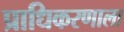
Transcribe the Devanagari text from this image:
प्राधिकरणाला